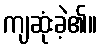
ကျဆုံးခဲ့၏။